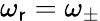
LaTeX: \omega_{\mathsf{r}}=\omega_{\pm}